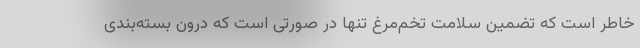
خاطر است که تضمین سلامت تخم‌مرغ تنها در صورتی است که درون بسته‌بندی